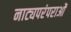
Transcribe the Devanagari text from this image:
नाट्यपरंपराओं